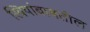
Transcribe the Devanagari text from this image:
स्त्रियांबाबतील